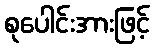
စုပေါင်းအားဖြင့်